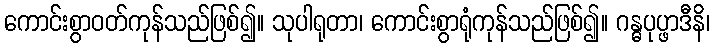
ကောင်းစွာဝတ်ကုန်သည်ဖြစ်၍။ သုပါရုတာ၊ ကောင်းစွာရုံကုန်သည်ဖြစ်၍။ ဂန္ဓပုပ္ဖာဒီနိ၊